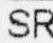
SR